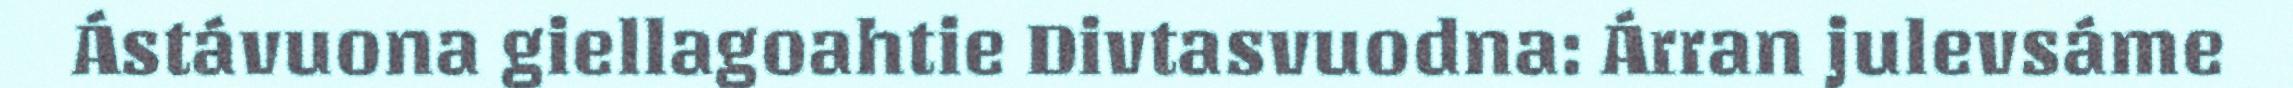
Ástávuona giellagoahtie Divtasvuodna: Árran julevsáme